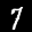
Label: 7